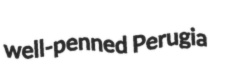
well-penned Perugia